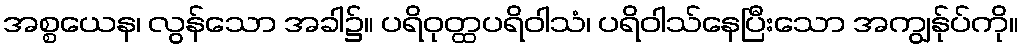
အစ္စယေန၊ လွန်သော အခါ၌။ ပရိဝုတ္ထပရိဝါသံ၊ ပရိဝါသ်နေပြီးသော အကျွန်ုပ်ကို။